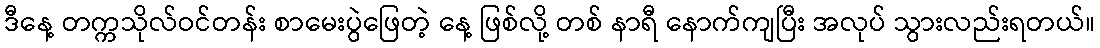
ဒီနေ့ တက္ကသိုလ်ဝင်တန်း စာမေးပွဲဖြေတဲ့ နေ့ ဖြစ်လို့ တစ် နာရီ နောက်ကျပြီး အလုပ် သွားလည်းရတယ်။